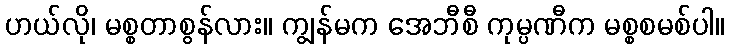
ဟယ်လို၊ မစ္စတာစွန်လား။ ကျွန်မက အေဘီစီ ကုမ္ပဏီက မစ္စစမစ်ပါ။